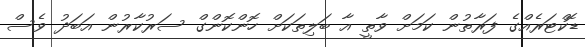
ޑޮކްޓަރެއްގެ ފަރާތުން ކަމަށް ވާތީ އާ ބަލިތަކަށް ހޮންކޮޮންގް ސަރުކާރުން އަބަދު ވެސް